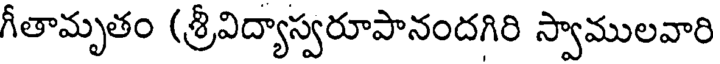
గీతామృతం (శ్రీవిద్యాస్వరూపానందగిరి స్వాములవారి